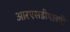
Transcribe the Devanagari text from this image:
आरएसडीएलपी